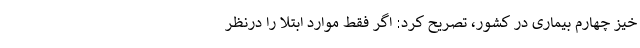
خیز چهارم بیماری در کشور، تصریح کرد: اگر فقط موارد ابتلا را درنظر